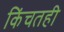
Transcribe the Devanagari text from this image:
किंचतही